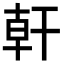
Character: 𪪂